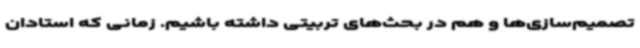
تصمیم‌سازی‌ها و هم در بحث‌های تربیتی داشته باشیم. زمانی که استادان